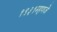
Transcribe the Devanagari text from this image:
१९३१म्हणजे